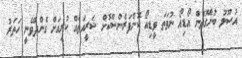
އުސޫލު ބުނާގޮތުން އޯޑިއޯ ނުވަތަ ވީޑިއޯ ކޮންފަރެންސްކޮށް ޝަރީއަތެއް ކުރިއަށް ގެންދެވޭނީ ހަތަރު